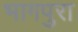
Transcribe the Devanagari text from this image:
भागपुरा